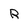
Character: R